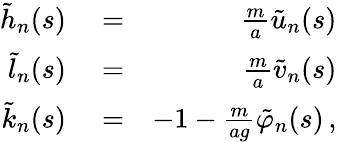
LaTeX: \begin{array}{rlr}{\tilde{h}_{n}(s)}&{{}=}&{\frac{m}{a}\tilde{u}_{n}(s)}\\ {\tilde{l}_{n}(s)}&{{}=}&{\frac{m}{a}\tilde{v}_{n}(s)}\\ {\tilde{k}_{n}(s)}&{{}=}&{-1-\frac{m}{ag}\tilde{\varphi}_{n}(s)\, ,}\end{array}